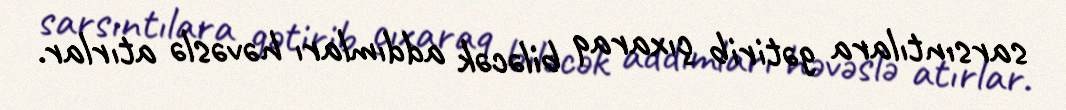
sarsıntılara gətirib çıxaraq biləcək addımları həvəslə atırlar.